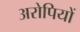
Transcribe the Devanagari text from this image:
अरोपियों